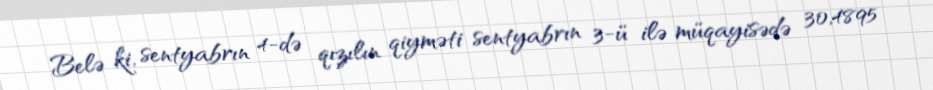
Belə ki, sentyabrın 4-də qızılın qiyməti sentyabrın 3-ü ilə müqayisədə 30,4895